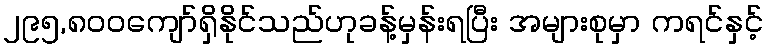
၂၉၅,၈၀၀ကျော်ရှိနိုင်သည်ဟုခန့်မှန်းရပြီး အများစုမှာ ကရင်နှင့်